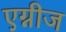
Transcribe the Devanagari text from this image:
एग्नीज